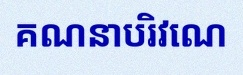
គណនាបរិវេណ